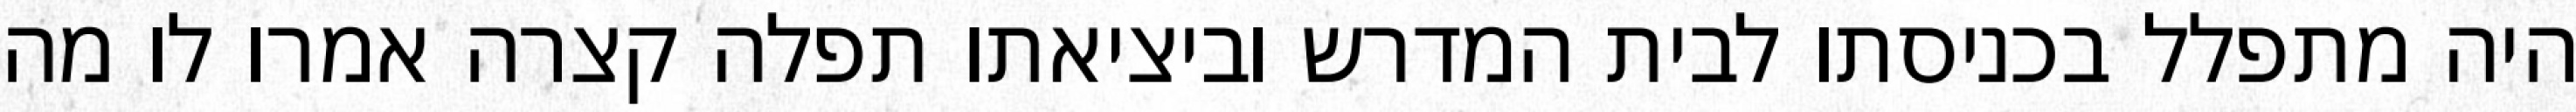
היה מתפלל בכניסתו לבית המדרש וביציאתו תפלה קצרה אמרו לו מה